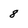
Character: 8